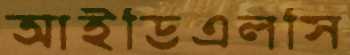
আইডিএলসি